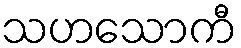
သဟသောကီ